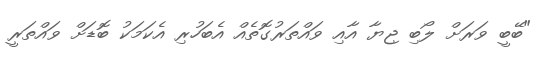
"ބޭބީ ވަރަށް ލޯބި ޖިޔާ އާއި ވައްތަރުގޮތެއް އެބަހުރި އެކަމަކު ބޮޑަށް ވައްތަރީ